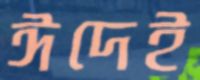
ঈদেই